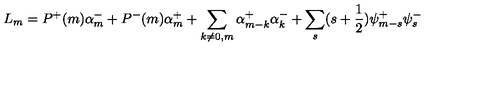
L _ { m } = P ^ { + } ( m ) \alpha _ { m } ^ { - } + P ^ { - } ( m ) \alpha _ { m } ^ { + } + \sum _ { k \ne 0 , m } \alpha _ { m - k } ^ { + } \alpha _ { k } ^ { - } + \sum _ { s } ( s + \frac { 1 } { 2 } ) \psi _ { m - s } ^ { + } \psi _ { s } ^ { - }